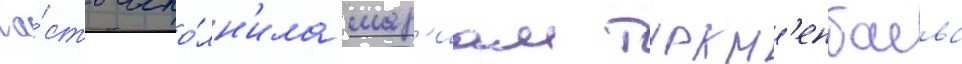
ча́сть испо́лн'ила мар'иам туркм'енбаева